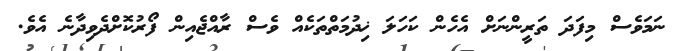
ނަމަވެސް މިފަދަ ތަރީންނަށް އެހެން ކަހަލަ ޚިދުމަތްތަކެއް ވެސް ރާއްޖެއިން ފޯރުކޮށްދެވިދާނެ އެވެ.